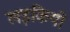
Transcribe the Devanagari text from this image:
लड़कियो